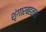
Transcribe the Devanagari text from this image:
शृंगारबहळता